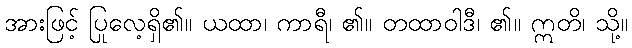
အားဖြင့် ပြုလေ့ရှိ၏။ ယထာ၊ ကာရီ၊ ၏။ တထာဝါဒီ၊ ၏။ ဣတိ၊ သို့။